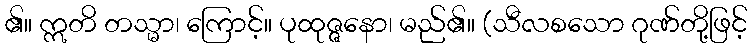
၏။ ဣတိ တသ္မာ၊ ကြောင့်။ ပုထုဇ္ဇနော၊ မည်၏။ (သီလစသော ဂုဏ်တို့ဖြင့်